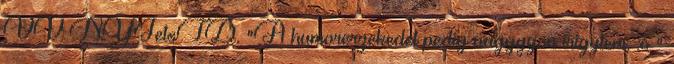
VV NYJetsTD. "A humorerzekedet pedig nagggyon irigylem. :o "